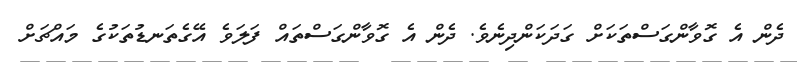
ދެން އެ ގޮވާންގަސްތަކަށް ގަދަކަންދިނެވެ. ދެން އެ ގޮވާންގަސްތައް ފަލަވެ އޭގެތަނޑުތަކުގެ މައްޗަށް